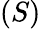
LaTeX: (S)